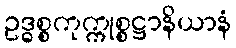
ဥဒ္ဓစ္စကုက္ကုစ္စဋ္ဌာနိယာနံ